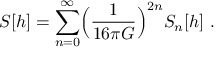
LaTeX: S [ h ] = \sum _ { n = 0 } ^ { \infty } \Bigl ( \frac { 1 } { 1 6 \pi G } \Bigr ) ^ { 2 n } S _ { n } [ h ] \ .